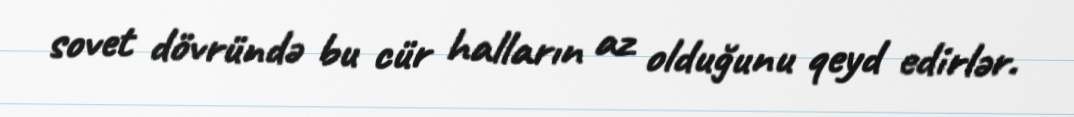
sovet dövründə bu cür halların az olduğunu qeyd edirlər.